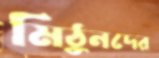
মিঠুনদের